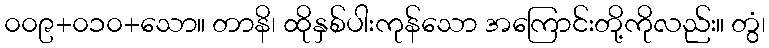
၀၀၉+၀၁၀+သော။ တာနိ၊ ထိုနှစ်ပါးကုန်သော အကြောင်းတို့ကိုလည်း။ တွံ၊